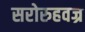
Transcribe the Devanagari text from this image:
सरोरुहवज्र